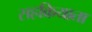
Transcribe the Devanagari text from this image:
सहक्रियाता